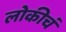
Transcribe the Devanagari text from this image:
लोकीचं